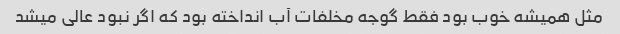
مثل همیشه خوب بود فقط گوجه مخلفات آب انداخته بود که اگر نبود عالی میشد